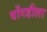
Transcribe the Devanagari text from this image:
घोंगडीला